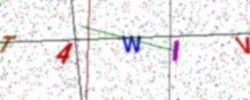
Text: T4WIV